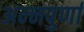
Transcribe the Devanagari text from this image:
अन्‍नपुर्णा